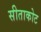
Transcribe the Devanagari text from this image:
सीताकोट